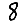
Digit: 8